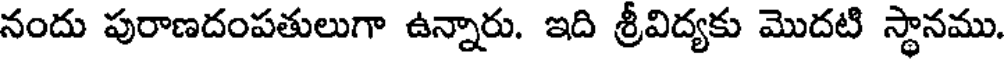
నందు పురాణదంపతులుగా ఉన్నారు. ఇది శ్రీవిద్యకు మొదటి స్థానము.